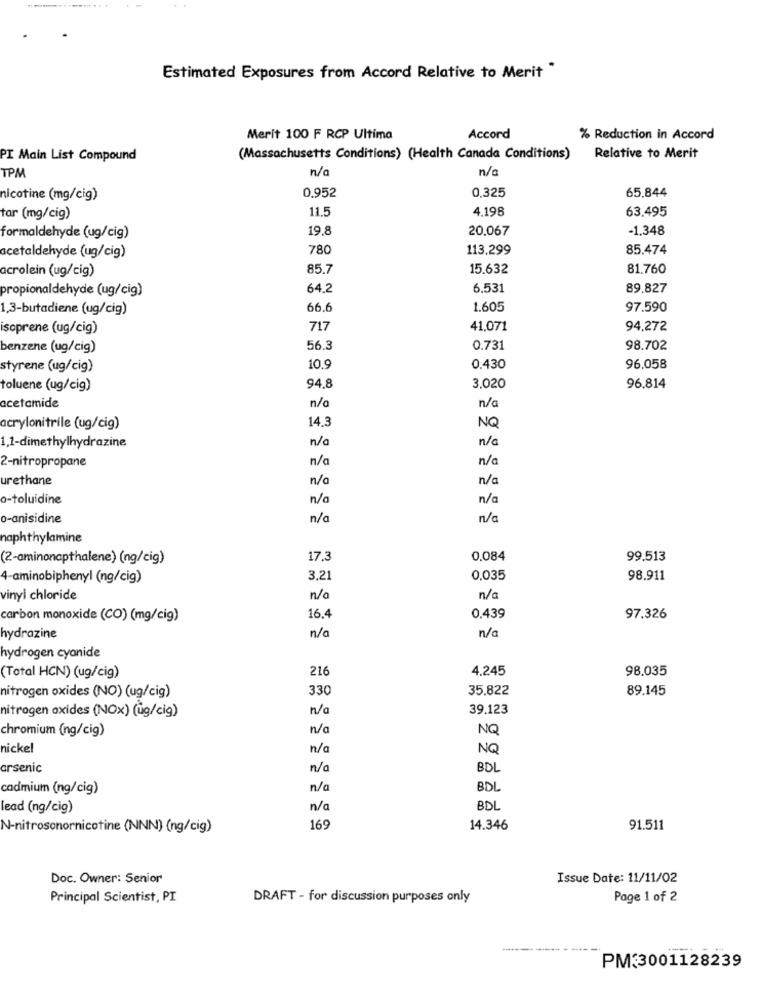
Estimated Exposures from Accord Relative to Merit *
Merit 100 F RCP Ultima
Accord
% Reduction in Accord
PI Main List Compound
(Massachusetts Conditions) (Health Canada Conditions)
Relative to Merit
TPM
n/a
n/a
0,952
0,325
65,844
nicotine (mg/cig)
11.5
4.198
63.495
tar (mg/cig)
19,8
20.067
-1,348
formaldehyde (ug/cig)
78
113.299
85.474
acetaldehyde (ug/cig)
acrolein (ug/cig)
85.7
15.632
81.760
propionaldehyde (ug/cig)
64.2
6.531
89.827
1,3-butadiene (ug/cig)
66.6
1.605
97.590
isoprene (ug/cig)
717
41.071
94,272
benzene (ug/cig)
56.
0.731
98.702
styrene (ug/cig)
10.9
0.430
96.058
94.8
toluene (ug/cig)
3,020
96.814
n/a
acetamide
n/
14.3
acrylonitrile (ug/cig)
NQ
n/a
n/a
1.1-dimethylhydrazine
2-nitropropane
n/a
n/a
urethane
n/a
n/a
o-toluidine
n/a
n/a
o-anisidine
n/a
n/a
naphthylamine
(2-aminonapthalene) (ng/cig)
17.3
0,084
99.513
4-aminobiphenyl (ng/cig)
3,21
0,035
98.911
vinyl chloride
n/a
n/a
carbon monoxide (CO) (mg/cig)
16.4
0.439
97.326
n/a
n/a
hydrazine
hydrogen cyanide
216
4.245
98.035
(Total HCN) (ug/cig)
330
35.822
89.145
nitrogen oxides (NO) (ug/cig)
n/a
39.123
nitrogen oxides (Nox) (üg/cig)
chromium (ng/cig)
n/a
NG
nickel
n/a
NQ
arsenic
n/a
BDL
cadmium (ng/cig)
n/a
BDL
lead (ng/cig)
n/a
BDL
N-nitrosonornicotine (NNN) (ng/cig)
169
14.346
91.511
Doc. Owner: Senior
Issue Date: 11/11/02
Principal Scientist, PI
DRAFT - for discussion purposes only
Page 1 of 2
--
PM:3001128239